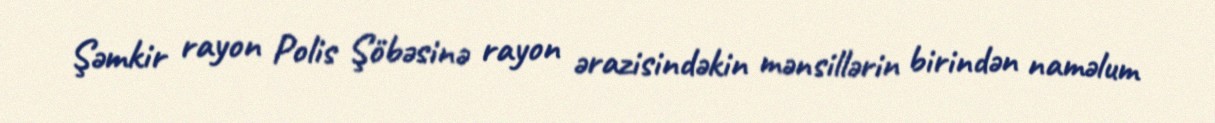
Şəmkir rayon Polis Şöbəsinə rayon ərazisindəkin mənsillərin birindən naməlum